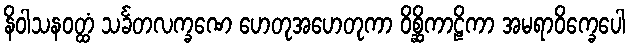
နိဝါသနဝတ္ထံ သင်္ခတလက္ခဏေ ဟေတုအဟေတုကာ ဝိစ္ဆိကာဠိကာ အမရာဝိက္ခေပေါ